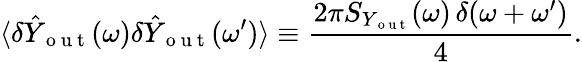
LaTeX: \langle\delta\hat{Y}_{\mathrm{~o~u~t~}}(\omega)\delta\hat{Y}_{\mathrm{~o~u~t~}}(\omega^{\prime})\rangle\equiv\frac{2\pi S_{Y_{\mathrm{~o~u~t~}}}(\omega)\, \delta(\omega+\omega^{\prime})}{4}.